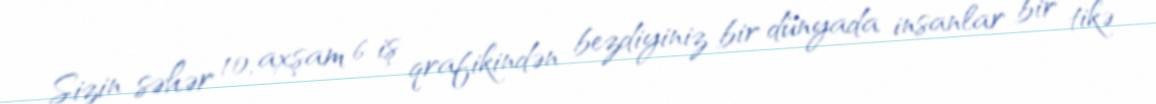
Sizin səhər 10, axşam 6 iş qrafikindən bezdiyiniz bir dünyada insanlar bir tikə